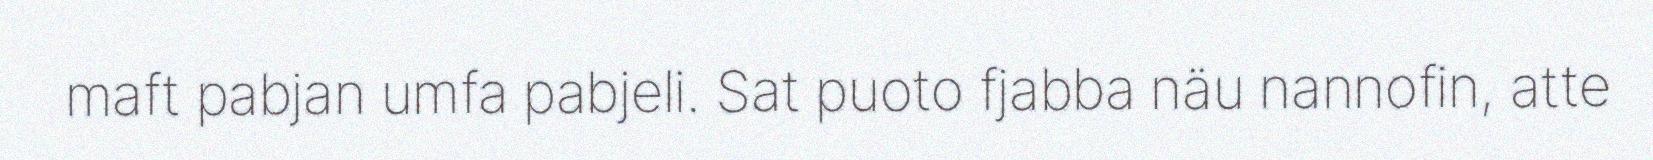
maft pabjan umfa pabjeli. Sat puoto fjabba näu nannofin, atte